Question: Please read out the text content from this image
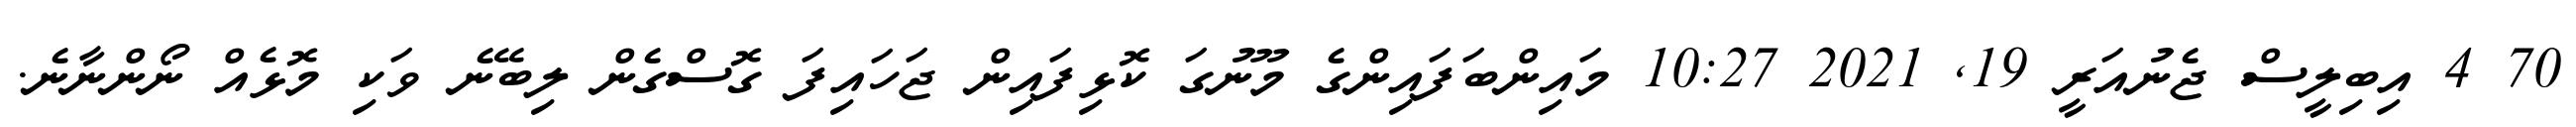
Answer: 70 4 އިބިލީސް ޖެނުއަރީ 19, 2021 10:27 މައިންބަފައިންގެ މޫނުގަ ކޮޅިފައިން ޖަހައިފަ ގޮސްގެން ލިބޭނެ ވަކި މޮޅެއް ނޯންނާނެ.